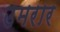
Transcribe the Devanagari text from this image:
उमरार